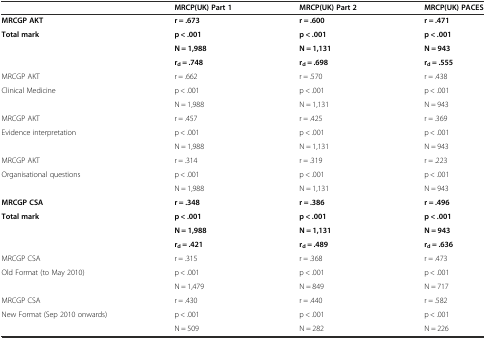
<table><thead><tr><td></td><td><b>MRCP(UK) Part 1</b></td><td><b>MRCP(UK) Part 2</b></td><td><b>MRCP(UK) PACES</b></td></tr></thead><tbody><tr><td><b>MRCGP AKT</b></td><td><b>r = .673</b></td><td><b>r = .600</b></td><td><b>r = .471</b></td></tr><tr><td><b>Total mark</b></td><td><b>p &lt; .001</b></td><td><b>p &lt; .001</b></td><td><b>p &lt; .001</b></td></tr><tr><td rowspan="2"></td><td><b>N = 1,988</b></td><td><b>N = 1,131</b></td><td><b>N = 943</b></td></tr><tr><td><b>r</b><sub><b>d</b></sub> <b>= .748</b></td><td><b>r</b><sub><b>d</b></sub> <b>= .698</b></td><td><b>r</b><sub><b>d</b></sub> <b>= .555</b></td></tr><tr><td>MRCGP AKT</td><td>r = .662</td><td>r = .570</td><td>r = .438</td></tr><tr><td>Clinical Medicine</td><td>p &lt; .001</td><td>p &lt; .001</td><td>p &lt; .001</td></tr><tr><td></td><td>N = 1,988</td><td>N = 1,131</td><td>N = 943</td></tr><tr><td>MRCGP AKT</td><td>r = .457</td><td>r = .425</td><td>r = .369</td></tr><tr><td>Evidence interpretation</td><td>p &lt; .001</td><td>p &lt; .001</td><td>p &lt; .001</td></tr><tr><td></td><td>N = 1,988</td><td>N = 1,131</td><td>N = 943</td></tr><tr><td>MRCGP AKT</td><td>r = .314</td><td>r = .319</td><td>r = .223</td></tr><tr><td>Organisational questions</td><td>p &lt; .001</td><td>p &lt; .001</td><td>p &lt; .001</td></tr><tr><td></td><td>N = 1,988</td><td>N = 1,131</td><td>N = 943</td></tr><tr><td><b>MRCGP CSA</b></td><td><b>r = .348</b></td><td><b>r = .386</b></td><td><b>r = .496</b></td></tr><tr><td><b>Total mark</b></td><td><b>p &lt; .001</b></td><td><b>p &lt; .001</b></td><td><b>p &lt; .001</b></td></tr><tr><td rowspan="2"></td><td><b>N = 1,988</b></td><td><b>N = 1,131</b></td><td><b>N = 943</b></td></tr><tr><td><b>r</b><sub><b>d</b></sub> <b>= .421</b></td><td><b>r</b><sub><b>d</b></sub> <b>= .489</b></td><td><b>r</b><sub><b>d</b></sub> <b>= .636</b></td></tr><tr><td>MRCGP CSA</td><td>r = .315</td><td>r = .368</td><td>r = .473</td></tr><tr><td>Old Format (to May 2010)</td><td>p &lt; .001</td><td>p &lt; .001</td><td>p &lt; .001</td></tr><tr><td></td><td>N = 1,479</td><td>N = 849</td><td>N = 717</td></tr><tr><td>MRCGP CSA</td><td>r = .430</td><td>r = .440</td><td>r = .582</td></tr><tr><td>New Format (Sep 2010 onwards)</td><td>p &lt; .001</td><td>p &lt; .001</td><td>p &lt; .001</td></tr><tr><td></td><td>N = 509</td><td>N = 282</td><td>N = 226</td></tr></tbody></table>